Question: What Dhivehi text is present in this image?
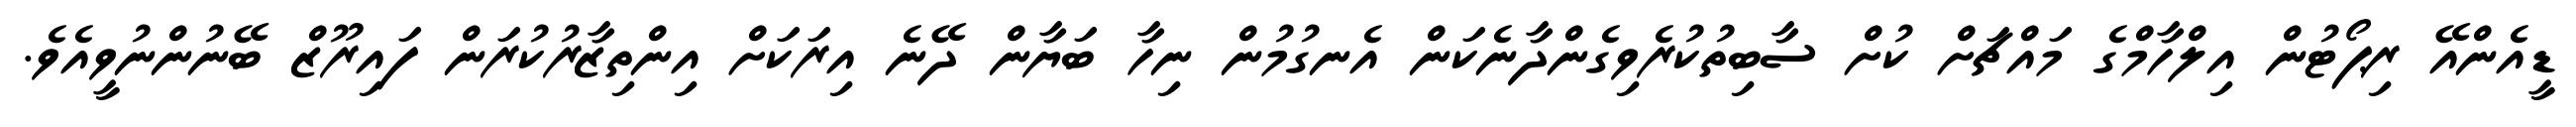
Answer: ޑީއެންއޭ ރިޕޯޓުން އިލްހާމްގެ މައްޗަށް ކުށް ސާބިތުކުރެވިގެންދާނެކަން އެނގުމުން ނިހާ ބަޔާން ދޭނެ އިރަކަށް އިންތިޒާރުކުރަން ފައިރޫޒް ބޭނުންނުވީއެވެ.